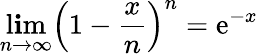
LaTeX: \operatorname*{l\mathbf{i}m}_{n\rightarrow\infty}\left(1-{\frac{{x}}{{n}}}\right)^{n}=\mathrm{{e}}^{-x}